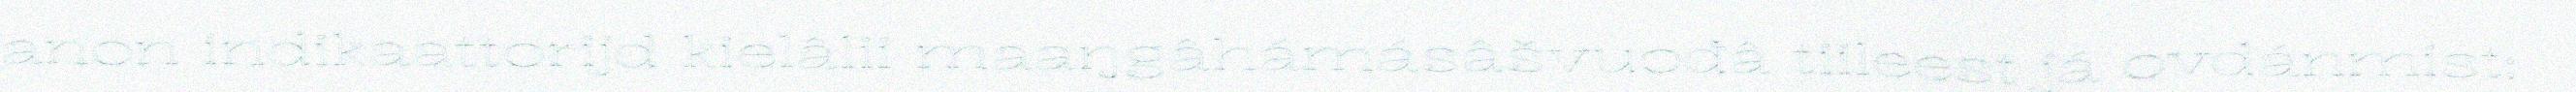
anon indikaattorijd kielâlii maaŋgâhámásâšvuođâ tiileest já ovdánmist;